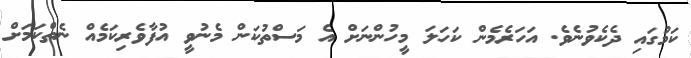
ކަމުގައި ދެކެވުނެވެ. އަހަރެމެން ކަހަލަ މީހުންނަށް އެ މަސްތުކަން މެނުވީ އުފާވެރިކަމެއް ނެތްކަމަށް